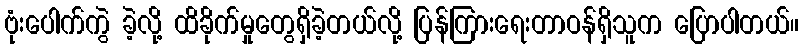
ဗုံးပေါက်ကွဲ ခဲ့လို့ ထိခိုက်မှုတွေရှိခဲ့တယ်လို့ ပြန်ကြားရေးတာဝန်ရှိသူက ပြောပါတယ်။